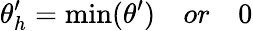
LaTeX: \theta_{h}^{\prime}=\operatorname*{min}(\theta^{\prime})\quad or\quad 0